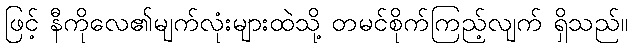
ဖြင့် နီကိုလေ၏မျက်လုံးများထဲသို့ တမင်စိုက်ကြည့်လျက် ရှိသည်။